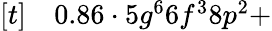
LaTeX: \begin{array}{rl}{[t]}&{{}0.86\cdot 5g^{6}6f^{3}8p^{2}+}\end{array}